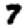
Digit: 7